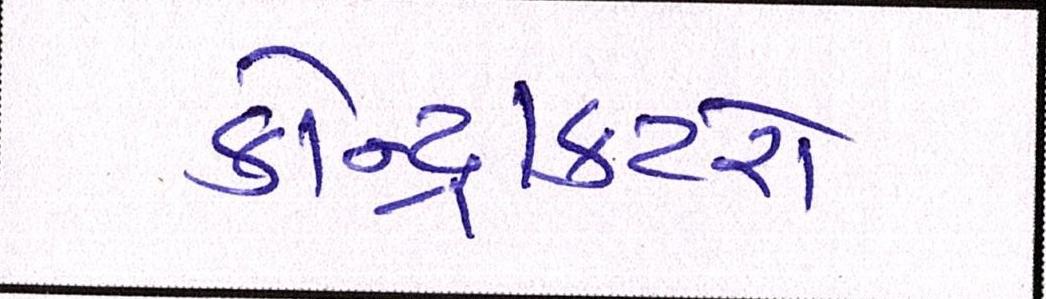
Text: કોન્ટ્રાક્ટરો